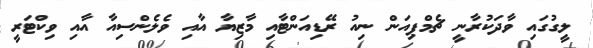
ލީގުގައި ވާދަކުރާނީ ޗެމްޕިއަން ނިއު ރޭޑިއަންޓާއި މާޒިޔާ އާއި ވެލެންސިއާ އާއި ވިކްޓަރީ